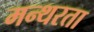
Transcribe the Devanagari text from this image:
मन्थरता